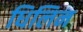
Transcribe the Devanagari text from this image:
धिलिन